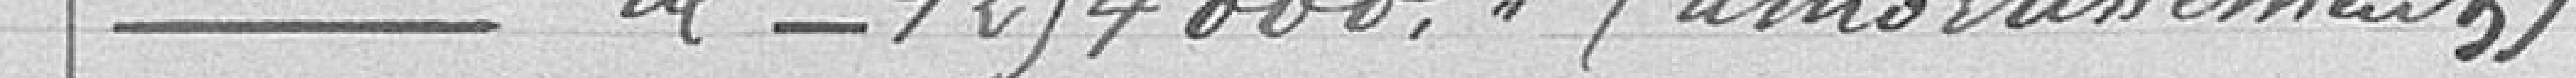
4. Emprunt de 1.254.000 (amortissements)